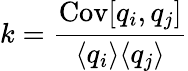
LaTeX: k=\frac{\mathrm{Cov}[q_{i},q_{j}]}{\langle q_{i}\rangle\langle q_{j}\rangle}